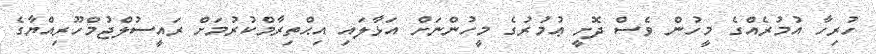
ހުރިހާ އުމުރެއްގެ މީހުން ވެސް ދޮށީ ޢުމުރުގެ މީހުންނަށް އަޅާލައި އިޙްތިރާމްކުރުމަށް ރައީސުލްޖުމްހޫރިއްޔާގެ